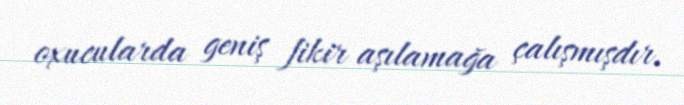
oxucularda geniş fikir aşılamağa çalışmışdır.